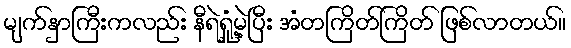
မျက်နှာကြီးကလည်း နီရဲရှုံ့မဲ့ပြီး အံတကြိတ်ကြိတ် ဖြစ်လာတယ်။